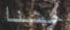
حسنا